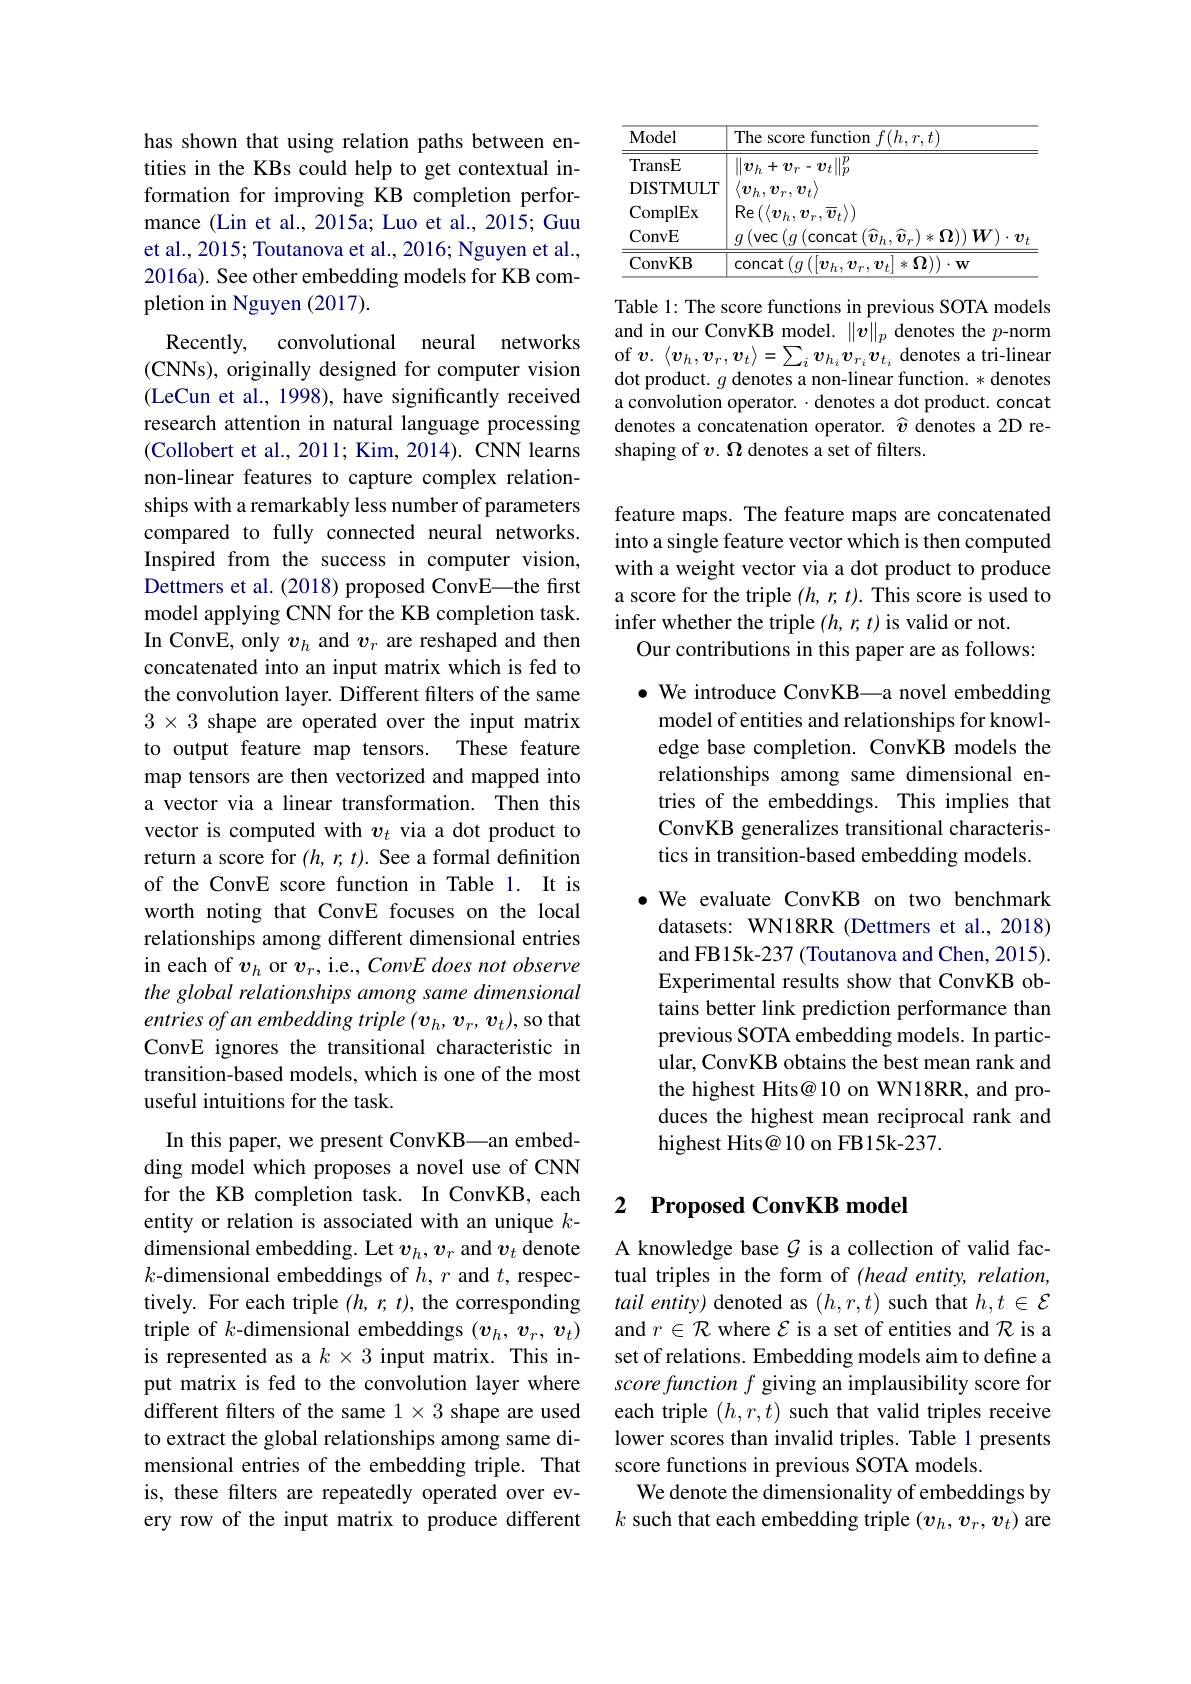
has shown that using relation paths between entities in the KBs could help to get contextual information for improving KB completion performance (Lin et al., 2015a; Luo et al., 2015; Guu et al., 2015; Toutanova et al., 2016; Nguyen et al., 2016a). See other embedding models for KB completion in Nguyen (2017).

Recently,
convolutional neural networks
(CNNs), originally designed for computer vision (LeCun et al., 1998), have significantly received research attention in natural language processing (Collobert et al., 2011; Kim, 2014). CNN learns non-linear features to capture complex relationships with a remarkably less number of parameters compared to fully connected neural networks. Inspired from the success in computer vision, Dettmers et al. (2018) proposed ConvE—the first model applying CNN for the KB completion task. In ConvE, only $v_h$ and $v_r$ are reshaped and then concatenated into an input matrix which is fed to the convolution layer. Different filters of the same $3\times3$ shape are operated over the input matrix to output feature map tensors. These feature map tensors are then vectorized and mapped into a vector via a linear transformation. Then this vector is computed with $v_t$ via a dot product to return a score for $(h,r,t).$ See a formal definition of the ConvE score function in Table 1. It is worth noting that ConvE focuses on the local relationships among different dimensional entries in each of $v_h$ or $v_r$, i.e., ConvE does not observe the global relationships among same dimensional entries of an embedding triple (v h, v r, v t), so that ConvE ignores the transitional characteristic in transition-based models, which is one of the most useful intuitions for the task.
In this paper, we present ConvKB—an embedding model which proposes a novel use of CNN for the KB completion task. In ConvKB, each entity or relation is associated with an unique $k$- dimensional embedding. Let $v_h,v_r$ and $v_t$ denote $k$-dimensional embeddings of $h,r$ and $t$, respectively. For each triple $(h,r,t)$, the corresponding triple of $k$-dimensional embeddings $(v_h,v_r,v_t)$ is represented as a $k\times3$ input matrix. This input matrix is fed to the convolution layer where different filters of the same $1\times3$ shape are used to extract the global relationships among same dimensional entries of the embedding triple. That is, these filters are repeatedly operated over ev-

ery row of the input matrix to produce different

<table>
	<tbody>
		<tr>
			<th>Model</th>
			<th>The score function $f(h,r,t)$</th>
		</tr>
		<tr>
			<td>TransE</td>
			<td>$\overline{\|\boldsymbol{v}_h+\boldsymbol{v}_r-\boldsymbol{v}_t\|_p^p}$</td>
		</tr>
		<tr>
			<td>DISTMULT</td>
			<td>$\langle v_{h},v_{r},v_{t}\rangle$</td>
		</tr>
		<tr>
			<td>ComplEx</td>
			<td>$\operatorname{Re}\left(\langle\boldsymbol{v}_{h},\boldsymbol{v}_{r},\overline{\boldsymbol{v}}_{t}\rangle\right)$</td>
		</tr>
		<tr>
			<td>ConvE</td>
			<td>$g\left(\operatorname{vec}\left(g\left(\operatorname{concat}\left(\widehat{\boldsymbol{v}}_{h},\widehat{\boldsymbol{v}}_{r}\right)*\Omega\right)\right)\boldsymbol{W}\right)\cdot\boldsymbol{v}$</td>
		</tr>
		<tr>
			<td>ConvKB</td>
			<td>$\operatorname{concat}\left(g\left(\left[\boldsymbol{v}_{h},\boldsymbol{v}_{r},\boldsymbol{v}_{t}\right]\right.\right]$ $\left|*\Omega\right)\cdot\mathbf{w}$</td>
		</tr>
	</tbody>
</table>

Table 1: The score functions in previous SOTA models and in our ConvKB model. $\|v\|_p$ denotes the $p$-norm of $v.$ $\langle v_h, v_r, v_t\rangle = \sum _i\boldsymbol{v}_{h_i}\boldsymbol{v}_{r_i}\boldsymbol{v}_{t_i}$ denotes a tri-linear dot product. $g$ denotes a non-linear function. * denotes a convolution operator. $\cdot$ denotes a dot product. concat denotes a concatenation operator. $\widehat{v}$ denotes a 2D reshaping of $v.\Omega$ denotes a set of filters.

feature maps. The feature maps are concatenated into a single feature vector which is then computed with a weight vector via a dot product to produce a score for the triple $(h,r,t).$ This score is used to infer whether the triple $(h,r,t)$ is valid or not.
Our contributions in this paper are as follows:

$\bullet$ We introduce ConvKB\_a novel embedding
model of entities and relationships for knowledge base completion. ConvKB models the relationships among same dimensional entries of the embeddings. This implies that ConvKB generalizes transitional characteristics in transition-based embedding models.

·We evaluate ConvKB on two benchmark
datasets: WN18RR (Dettmers et al.,2018) and FB15k-237 (Toutanova and Chen, 2015). Experimental results show that ConvKB obtains better link prediction performance than previous SOTA embedding models. In particular, ConvKB obtains the best mean rank and the highest Hits@ 10 on WN18RR, and produces the highest mean reciprocal rank and highest Hits@ 10 on FB15k-237.

### 2 $\textbf{Proposed ConvKB model}$

A knowledge base $\mathcal{G}$ is a collection of valid factual triples in the form of (head entity, relation, tail entity) denoted as $(h,r,t)$ such that $h,t\in\mathcal{E}$ and $r\in\mathcal{R}$ where $\mathcal{E}$ is a set of entities and $\mathcal{R}$ is a set of relations. Embedding models aim to define a score function $f$ giving an implausibility score for each triple $(h,r,t)$ such that valid triples receive lower scores than invalid triples. Table 1 presents score functions in previous SOTA models.
We denote the dimensionality of embeddings by $k$ such that each embedding triple $(v_h,v_r,v_t)$ are